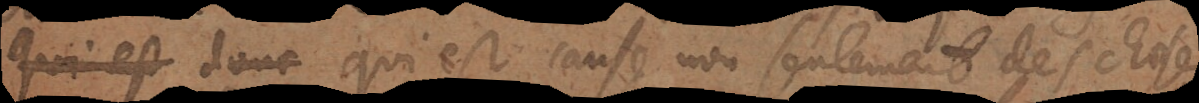
quel estre qui est cause non seulement des choses,